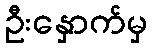
ဦးနှောက်မှ